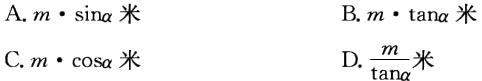
A. \(m\cdot\sin\alpha\text{ 米}\)

B. \(m\cdot\tan\alpha\text{ 米}\)

C. \(m\cdot\cos\alpha\text{ 米}\)

D. \(\frac{m}{\tan\alpha}\text{ 米}\)